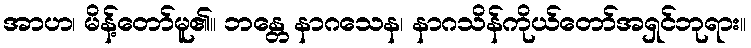
အာဟ၊ မိန့်တော်မူ၏။ ဘန္တေ နာဂသေန၊ နာဂသိန်ကိုယ်တော်အရှင်ဘုရား။